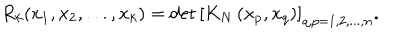
R _ { k } ( x _ { 1 } , x _ { 2 } , . . . , x _ { k } ) = \det \left[ K _ { N } \left( x _ { p } , x _ { q } \right) \right] _ { q , p = 1 , 2 , . . . , n } .